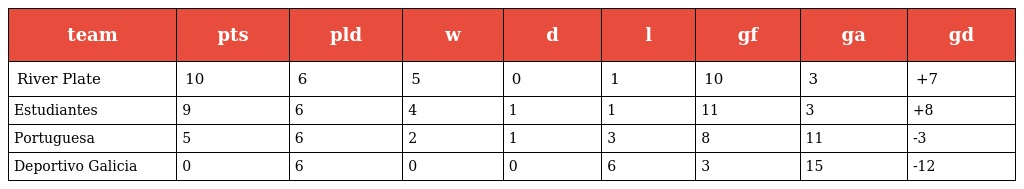
| team | pts | pld | w | d | l | gf | ga | gd |
 | --- | --- | --- | --- | --- | --- | --- | --- | --- |
 | River Plate | 10 | 6 | 5 | 0 | 1 | 10 | 3 | +7 |
 | Estudiantes | 9 | 6 | 4 | 1 | 1 | 11 | 3 | +8 |
 | Portuguesa | 5 | 6 | 2 | 1 | 3 | 8 | 11 | -3 |
 | Deportivo Galicia | 0 | 6 | 0 | 0 | 6 | 3 | 15 | -12 |